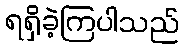
ရရှိခဲ့ကြပါသည်